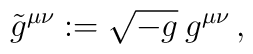
\tilde{g}^{\mu\nu}:=\sqrt{-g}\: g^{\mu\nu}\, ,